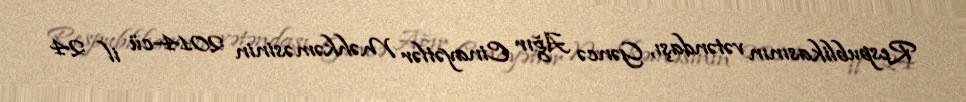
Respublikasının vətəndaşı, Gəncə Ağır Cinayətlər Məhkəməsinin 2014-cü il 24